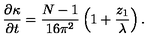
\frac { \partial \kappa } { \partial t } = \frac { N - 1 } { 1 6 \pi ^ { 2 } } \left( 1 + \frac { z _ { 1 } } { \lambda } \right) .